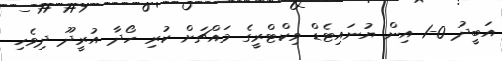
އަބީދު 0-1 އިން ޔުނައިޓެޑް ވިކްޓްރީގެ މައްޗަށް ކުރި ހޯދާ އުރީދޫ ދިވެހި